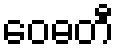
ဝေဓတီ